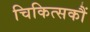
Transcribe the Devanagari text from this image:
चिकित्सकौं